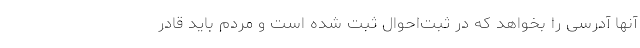
آنها آدرسی را بخواهد که در ثبت‌احوال ثبت شده است و مردم باید قادر